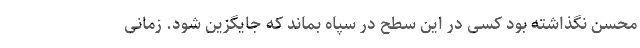
محسن نگذاشته بود کسی در این سطح در سپاه بماند که جایگزین شود. زمانی